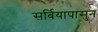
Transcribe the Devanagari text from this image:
सर्बियापासुन